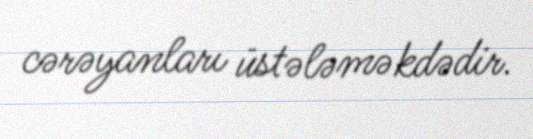
cərəyanları üstələməkdədir.